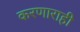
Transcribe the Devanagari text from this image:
करणाराही